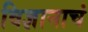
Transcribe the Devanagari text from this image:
विज्ञानाचं